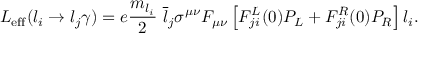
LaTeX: { \cal L } _ { \mathrm { e f f } } ( l _ { i } \rightarrow l _ { j } \gamma ) = e \frac { m _ { l _ { i } } } { 2 } ~ \overline { { { l } } } _ { j } \sigma ^ { \mu \nu } F _ { \mu \nu } \left[ F _ { j i } ^ { L } ( 0 ) P _ { L } + F _ { j i } ^ { R } ( 0 ) P _ { R } \right] l _ { i } .